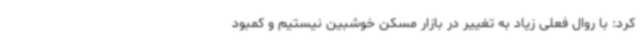
کرد: با روال فعلی زیاد به تغییر در بازار مسکن خوشبین نیستیم و کمبود